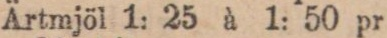
Ärtmjöl 1: 25 à 1: 50 pr